Epidemic dropsy in Calcutta - Number 49
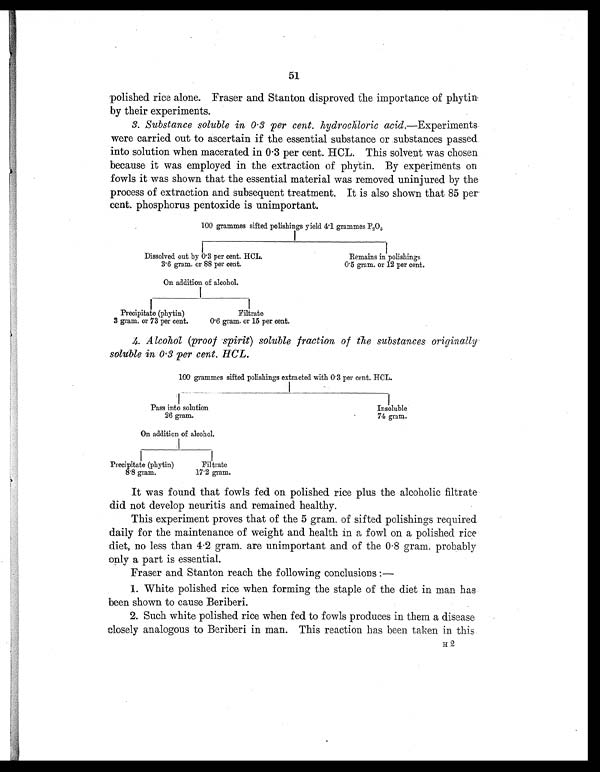
51
polished rice alone. Fraser and Stanton disproved the importance of phytin
by their experiments.
3. Substance soluble in 0.3 per cent. hydrochloric acid.—Experiments
were carried out to ascertain if the essential substance or substances passed
into solution when macerated in 0.3 per cent. HCL.. This solvent was chosen
because it was employed in the extraction of phytin. By experiments on
fowls it was shown that the essential material was removed uninjured by the
process of extraction and subsequent treatment. It is also shown that 85 per
cent. phosphorus pentoxide is unimportant.
100 grammes sifted polishings yield 4.1 grammes P2
O
5
Dissolved out by 0.3 per cent. HCL.
3.6 gram. or 88 per cent.
Remains in polishings
0.5 gram. or 12 per cent.
On addition of alcohol.
Precipitate (phytin)
3 gram. or 73 per cent.
Filtrate
0.6 gram. or 15 per cent.
1.
4. Alcohol (proof spirit) soluble fraction of the substances originally
soluble in 0.3 per cent. HCL.
100 grammes sifted polishings extracted with 0.3 per cent. HCL.
Pass into solution
26 gram.
Insoluble
74 gram.
On addition of alcohol.
Precipitate (phytin)
8.8 gram.
Filtrate
17.2 gram.
It was found that fowls fed on polished rice plus the alcoholic filtrate
did not develop neuritis and remained healthy.
This experiment proves that of the 5 gram. of sifted polishings required
daily for the maintenance of weight and health in a fowl on a polished rice
diet, no less than 4.2 gram. are unimportant and of the 0.8 gram. probably
only a part is essential.
Fraser and Stanton reach the following conclusions
:—
1. White polished rice when forming the staple of the diet in man has
been shown to cause Beriberi.
2. Such white polished rice when fed to fowls produces in them a disease
closely analogous to Beriberi in man. This reaction has been taken in this
H 2